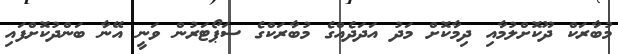
މުބާރަކް ދޫކޮށްލުމާއި ދިމާކޮށް މަދު އަދަދެއްގެ މުބާރަކްގެ ސަޕޯޓަރުން ވަނީ އޭނާ ބަންދުކޮށްފައި